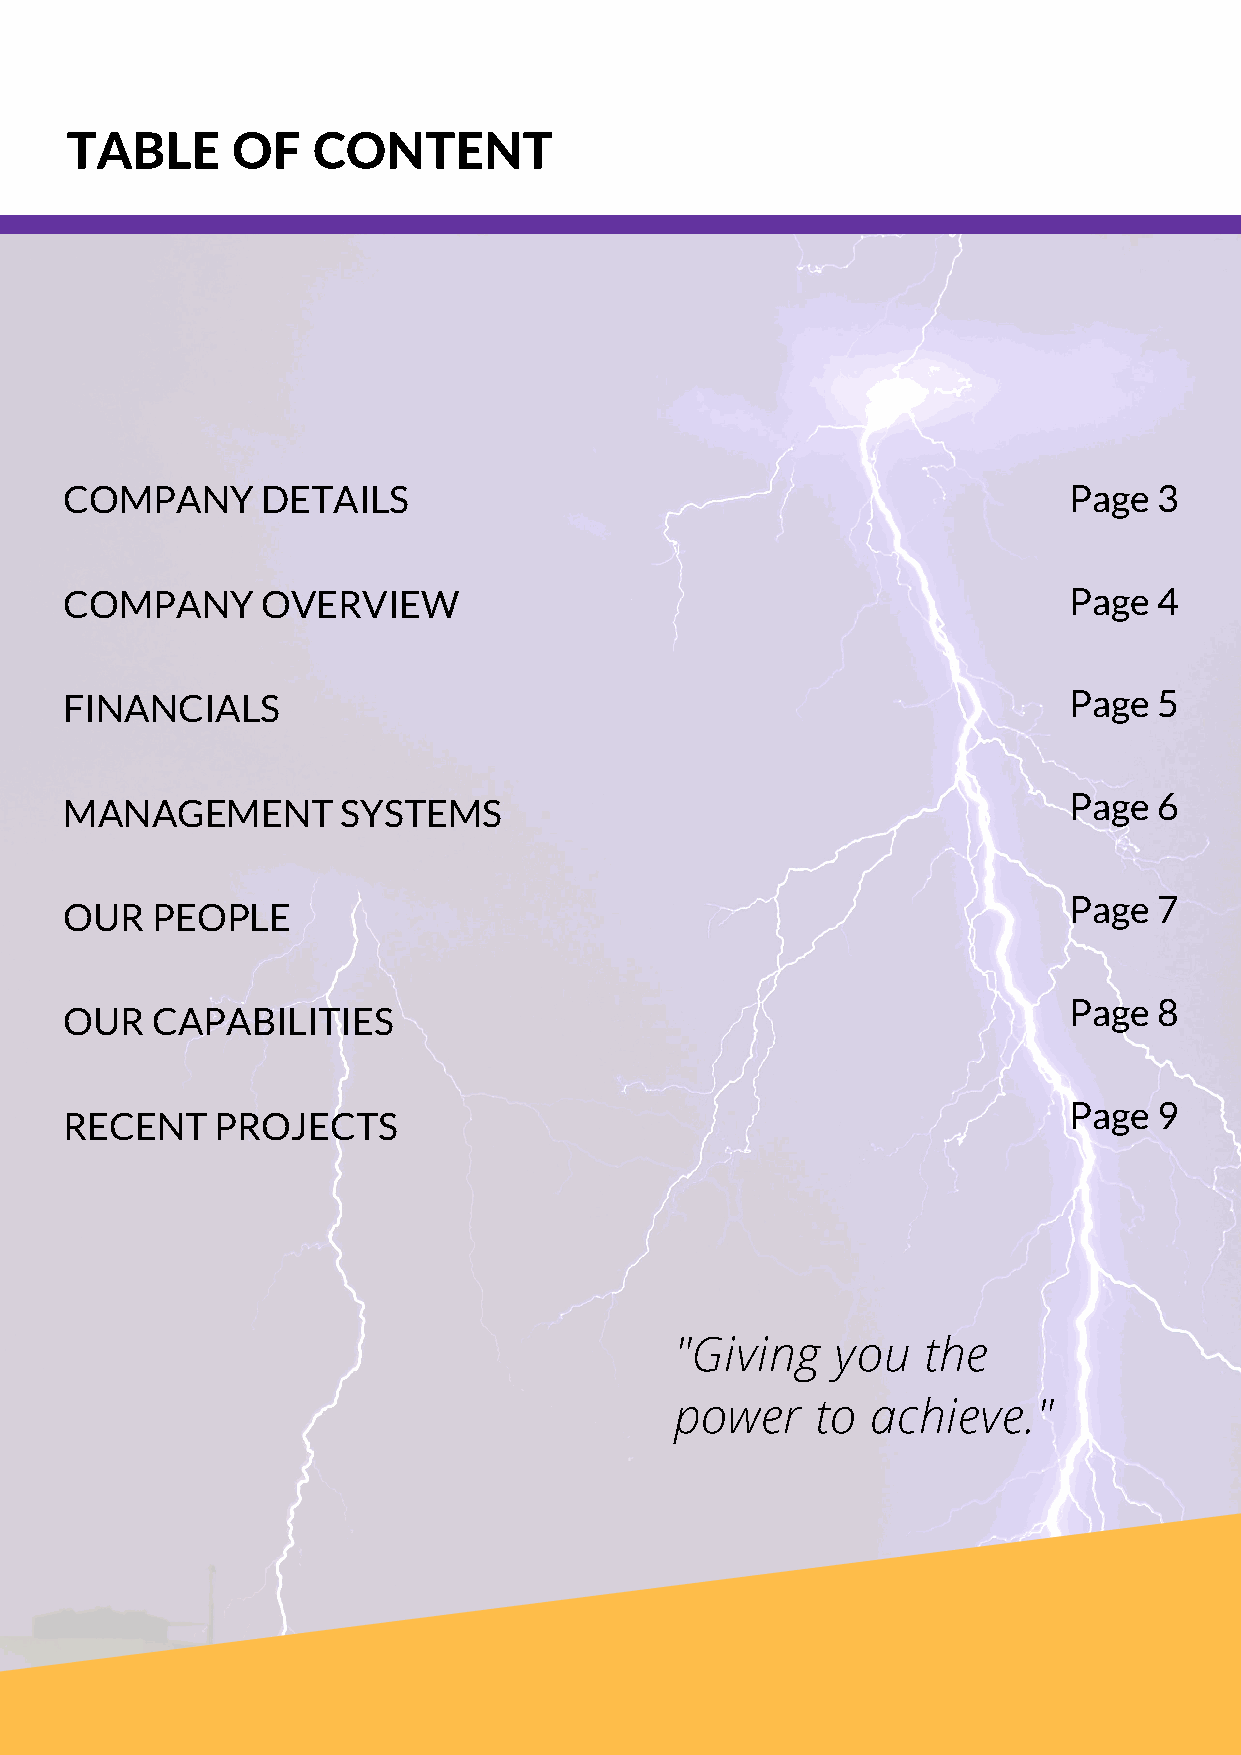
TABLE      OF    CONTENT
 COMPANY      DETAILS                                               Page  3
 COMPANY      OVERVIEW                                              Page  4
 FINANCIALS                                                         Page  5
 Page  6
 MANAGEMENT         SYSTEMS
 Page  7
 OUR   PEOPLE
 Page  8
 OUR   CAPABILITIES
 Page  9
 RECENT    PROJECTS
 "Giving   you   the
 power    to  achieve."